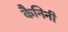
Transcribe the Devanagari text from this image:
कैनिनी